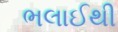
ભલાઈથી